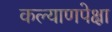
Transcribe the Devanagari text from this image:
कल्याणपेक्षा